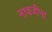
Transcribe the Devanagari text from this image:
नावजींना